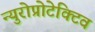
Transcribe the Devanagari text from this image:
न्युरोप्रोटेक्टिव